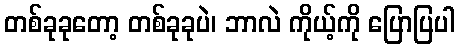
တစ်ခုခုတော့ တစ်ခုခုပဲ၊ ဘာလဲ ကိုယ့်ကို ပြောပြပါ